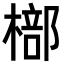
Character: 𣘙